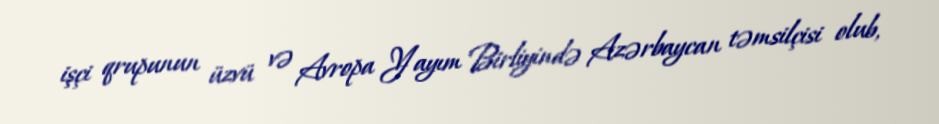
işçi qrupunun üzvü və Avropa Yayım Birliyində Azərbaycan təmsilçisi olub,